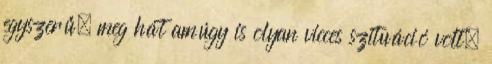
egyszerű, meg hát amúgy is olyan vicces szituáció volt.